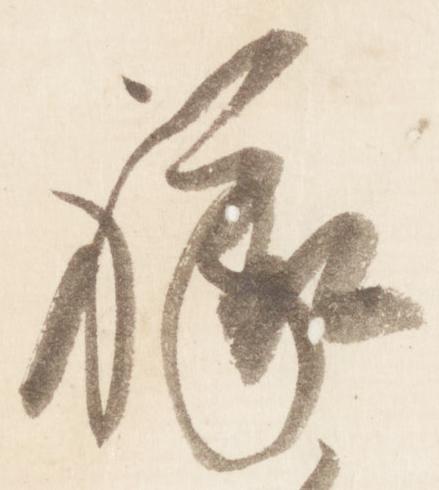
禄